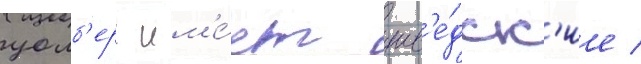
уолб'ерг им'е́ет шв'е́дск'ие /